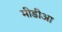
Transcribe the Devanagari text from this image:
मीडीआ